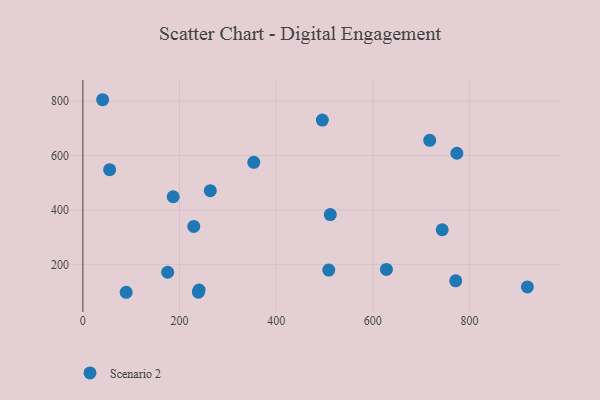
{"axis": {"x": "Ad Spend", "y": "Demand"}, "legend": ["Scenario 2"], "data": [{"x": "628.2", "y": 181.3, "type": "Scenario 2"}, {"x": "508.9", "y": 178.9, "type": "Scenario 2"}, {"x": "186.9", "y": 448.7, "type": "Scenario 2"}, {"x": "40.9", "y": 805.4, "type": "Scenario 2"}, {"x": "353.7", "y": 575.3, "type": "Scenario 2"}, {"x": "774.0", "y": 608.6, "type": "Scenario 2"}, {"x": "512.0", "y": 383.0, "type": "Scenario 2"}, {"x": "89.6", "y": 97.4, "type": "Scenario 2"}, {"x": "55.4", "y": 548.3, "type": "Scenario 2"}, {"x": "240.6", "y": 105.8, "type": "Scenario 2"}, {"x": "239.1", "y": 97.8, "type": "Scenario 2"}, {"x": "771.6", "y": 139.5, "type": "Scenario 2"}, {"x": "919.9", "y": 117.2, "type": "Scenario 2"}, {"x": "495.6", "y": 730.7, "type": "Scenario 2"}, {"x": "229.5", "y": 339.5, "type": "Scenario 2"}, {"x": "263.7", "y": 470.9, "type": "Scenario 2"}, {"x": "743.6", "y": 327.3, "type": "Scenario 2"}, {"x": "717.8", "y": 656.1, "type": "Scenario 2"}, {"x": "175.5", "y": 171.0, "type": "Scenario 2"}]}